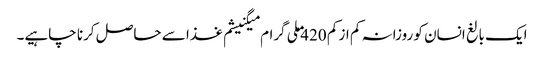
ایک بالغ انسان کو روزانہ کم از کم 420 ملی گرام میگنیشم غذا سے حاصل کرنا چاہیے۔